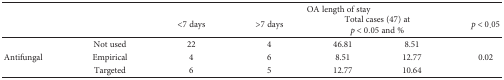
<table><thead><tr><td rowspan="2"></td><td rowspan="2"></td><td colspan="5"><b>OA length of stay</b></td></tr><tr><td><b>&lt;7 days</b></td><td><b>&gt;7 days</b></td><td colspan="2"><b>Total cases (47) at <i>p</i> &lt; 0.05 and %</b></td><td><b><i>p</i> &lt; 0.05</b></td></tr></thead><tbody><tr><td rowspan="3">Antifungal</td><td>Not used</td><td>22</td><td>4</td><td>46.81</td><td>8.51</td><td rowspan="3">0.02</td></tr><tr><td>Empirical</td><td>4</td><td>6</td><td>8.51</td><td>12.77</td></tr><tr><td>Targeted</td><td>6</td><td>5</td><td>12.77</td><td>10.64</td></tr></tbody></table>